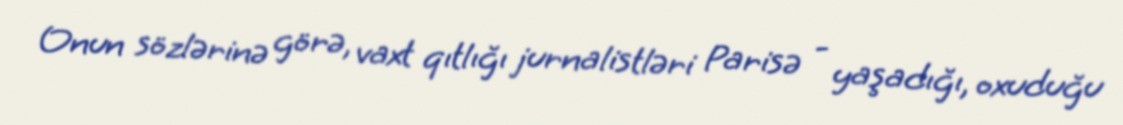
Onun sözlərinə görə, vaxt qıtlığı jurnalistləri Parisə - yaşadığı, oxuduğu